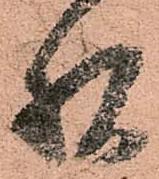
様